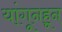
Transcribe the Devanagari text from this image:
यांगूनहून